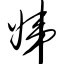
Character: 娣